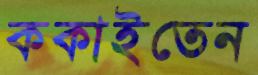
ককাইতেন